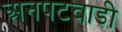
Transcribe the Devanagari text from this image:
अनपटवाडी